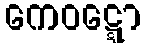
ကေဝဋ္ဋော